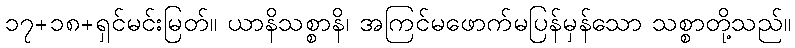
၁၇+၁၈+ရှင်မင်းမြတ်။ ယာနိသစ္စာနိ၊ အကြင်မဖောက်မပြန်မှန်သော သစ္စာတို့သည်။